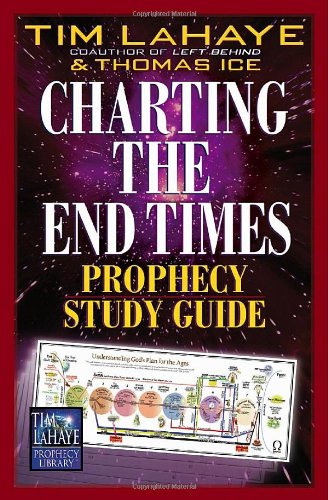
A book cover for Charting the End Times Prophecy Study Guide (Tim LaHaye Prophecy Library); Tim LaHaye; Christian Books & Bibles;